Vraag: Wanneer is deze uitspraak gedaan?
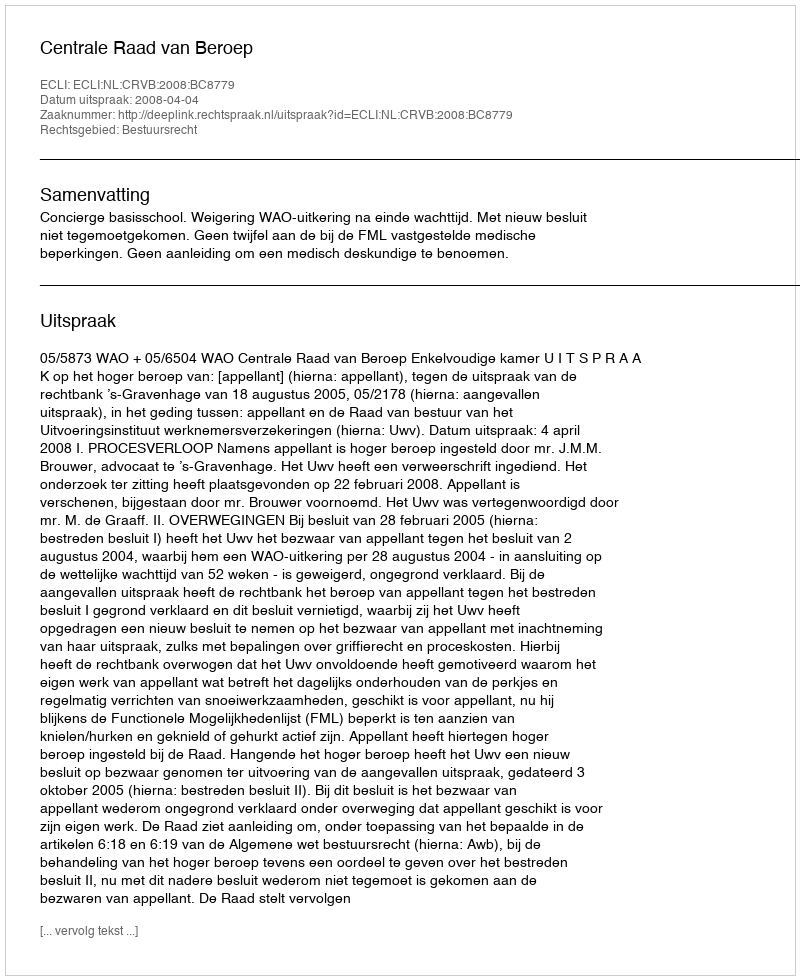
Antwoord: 2008-04-04